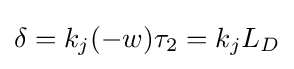
\delta =k_{j}(-w)\tau _{2}=k_{j}L_{D}